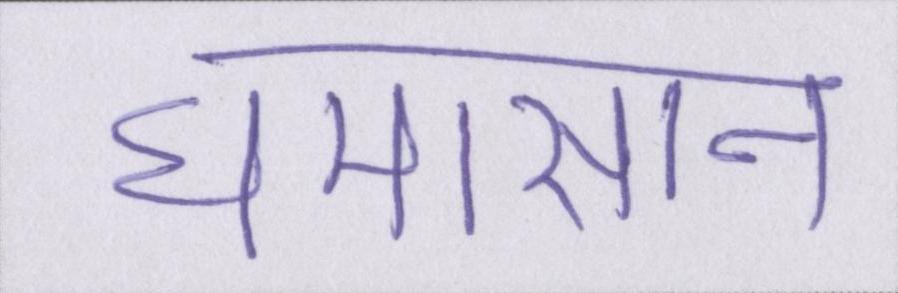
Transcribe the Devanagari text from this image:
घमासान